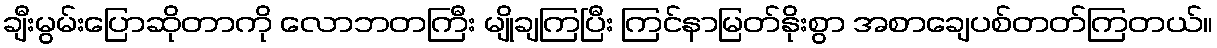
ချီးမွမ်းပြောဆိုတာကို လောဘတကြီး မျိုချကြပြီး ကြင်နာမြတ်နိုးစွာ အစာချေပစ်တတ်ကြတယ်။